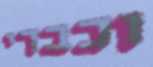
וכבדי